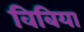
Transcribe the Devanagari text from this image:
विबिया